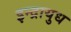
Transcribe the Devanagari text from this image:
इन्द्रायुध